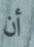
أن